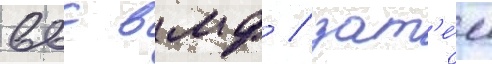
ввс вмф / зат'е́м